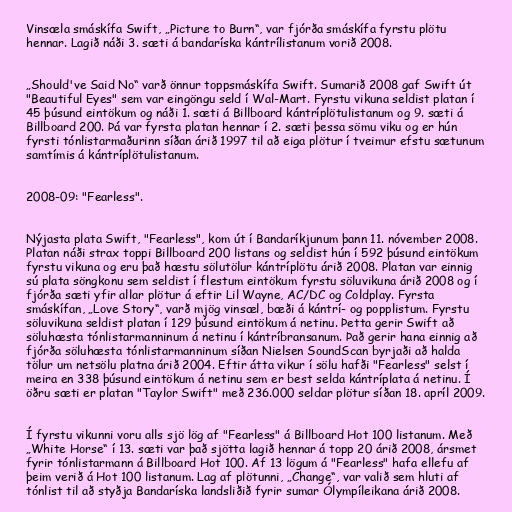
Vinsæla smáskífa Swift, „Picture to Burn“, var fjórða smáskífa fyrstu plötu
hennar. Lagið náði 3. sæti á bandaríska kántrílistanum vorið 2008.

„Should've Said No“ varð önnur toppsmáskífa Swift. Sumarið 2008 gaf Swift út
"Beautiful Eyes" sem var eingöngu seld í Wal-Mart. Fyrstu vikuna seldist platan í
45 þúsund eintökum og náði 1. sæti á Billboard kántríplötulistanum og 9. sæti á
Billboard 200. Þá var fyrsta platan hennar í 2. sæti þessa sömu viku og er hún
fyrsti tónlistarmaðurinn síðan árið 1997 til að eiga plötur í tveimur efstu sætunum
samtímis á kántríplötulistanum.

2008-09: "Fearless".

Nýjasta plata Swift, "Fearless", kom út í Bandaríkjunum þann 11. nóvember 2008.
Platan náði strax toppi Billboard 200 listans og seldist hún í 592 þúsund eintökum
fyrstu vikuna og eru það hæstu sölutölur kántríplötu árið 2008. Platan var einnig
sú plata söngkonu sem seldist í flestum eintökum fyrstu söluvikuna árið 2008 og í
fjórða sæti yfir allar plötur á eftir Lil Wayne, AC/DC og Coldplay. Fyrsta
smáskífan, „Love Story“, varð mjög vinsæl, bæði á kántrí- og popplistum. Fyrstu
söluvikuna seldist platan í 129 þúsund eintökum á netinu. Þetta gerir Swift að
söluhæsta tónlistarmanninum á netinu í kántríbransanum. Það gerir hana einnig að
fjórða söluhæsta tónlistarmanninum síðan Nielsen SoundScan byrjaði að halda
tölur um netsölu platna árið 2004. Eftir átta vikur í sölu hafði "Fearless" selst í
meira en 338 þúsund eintökum á netinu sem er best selda kántríplata á netinu. Í
öðru sæti er platan "Taylor Swift" með 236.000 seldar plötur síðan 18. apríl 2009.

Í fyrstu vikunni voru alls sjö lög af "Fearless" á Billboard Hot 100 listanum. Með
„White Horse“ í 13. sæti var það sjötta lagið hennar á topp 20 árið 2008, ársmet
fyrir tónlistarmann á Billboard Hot 100. Af 13 lögum á "Fearless" hafa ellefu af
þeim verið á Hot 100 listanum. Lag af plötunni, „Change“, var valið sem hluti af
tónlist til að styðja Bandaríska landsliðið fyrir sumar Ólympíleikana árið 2008.